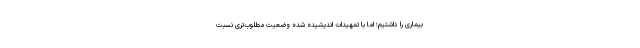
بیماری را داشتیم؛ اما با تمهیدات اندیشیده شده وضعیت مطلوب‌تری نسبت